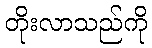
တိုးလာသည်ကို